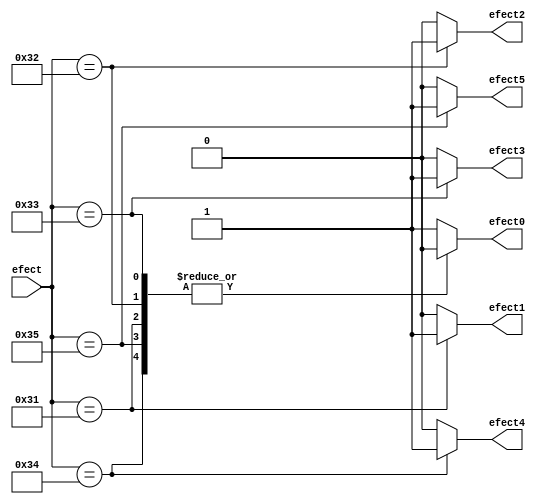
module select_efect(
    input [6:0]efect,
    output reg efect0,
    output reg efect1,
    output reg efect2,
    output reg efect3,
    output reg efect4,
    output reg efect5 
    );
always @(efect) begin
case(efect)
     			7'd48: 	begin			
						efect0 =1'b1;
						efect1 =1'b0;
						efect2 =1'b0;
						efect3 =1'b0;
						efect4 =1'b0;
						efect5 =1'b0;
							end
     			7'd49: 	begin			
						efect0 =1'b0;
						efect1 =1'b1;
						efect2 =1'b0;
						efect3 =1'b0;
						efect4 =1'b0;
						efect5 =1'b0;
							end
			7'd50: 	begin			
						efect0 =1'b0;
						efect1 =1'b0;
						efect2 =1'b1;
						efect3 =1'b0;
						efect4 =1'b0;
						efect5 =1'b0;
							end	
			7'd51: 	begin			
						efect0 =1'b0;
						efect1 =1'b0;
						efect2 =1'b0;
						efect3 =1'b1;
						efect4 =1'b0;
						efect5 =1'b0;
							end
			7'd52: 	begin			
						efect0 =1'b0;
						efect1 =1'b0;
						efect2 =1'b0;
						efect3 =1'b0;
						efect4 =1'b1;
						efect5 =1'b0;
							end
			7'd53: 	begin			
						efect0 =1'b0;
						efect1 =1'b0;
						efect2 =1'b0;
						efect3 =1'b0;
						efect4 =1'b0;
						efect5 =1'b1;
							end
			default:
					begin
						efect0 =1'b1;
						efect1 =1'b0;
						efect2 =1'b0;
						efect3 =1'b0;
						efect4 =1'b0;
						efect5 =1'b0;
					end
		endcase
		end
endmodule